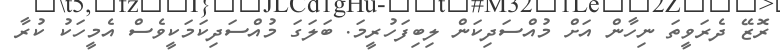
ރޮޒޭ ދެރަވީތަ ނިހާން އަށް މުއްސަދިކަން ލިބިފަހުރީމަ. ބަލަގަ މުއްސަދިކަމަކީވެސް އެމީހަކު ކުރާ